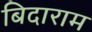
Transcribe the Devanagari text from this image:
बिदाराम